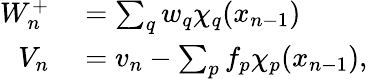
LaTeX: \begin{array}{rl}{W_{n}^{+}}&{{}=\sum_{q}w_{q}\chi_{q}(x_{n-1})}\\ {V_{n}}&{{}=v_{n}-\sum_{p}f_{p}\chi_{p}(x_{n-1}),}\end{array}